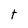
Character: t